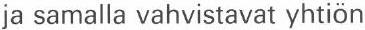
ja samalla vahvistavat yhtiön